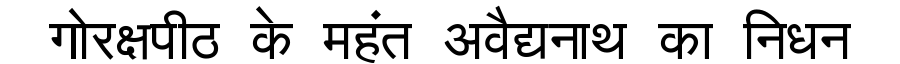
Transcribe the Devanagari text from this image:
गोरक्षपीठ के महंत अवैद्यनाथ का निधन